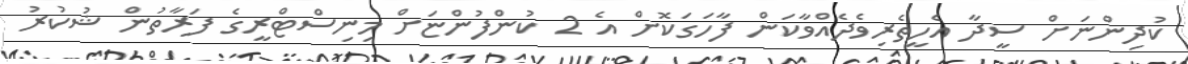
ކުދިންނަށް ސީދާ އެހީތެރިވެދެއްވާކަން ފާހަގަކޮށް އެ 2 ކުންފުންޏަށް މިނިސްޓްރީގެ ފަރާތުން ޝުކުރު